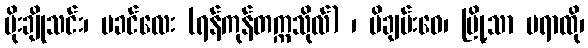
မိုးချိုသင်း၊ မခင်လေး (ရန်ကုန်တက္ကသိုလ်) ၊ မိချမ်းဝေ၊ မြို့သာ မရာထို၊